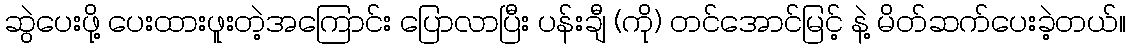
ဆွဲပေးဖို့ ပေးထားဖူးတဲ့အကြောင်း ပြောလာပြီး ပန်းချီ (ကို) တင်အောင်မြင့် နဲ့ မိတ်ဆက်ပေးခဲ့တယ်။